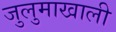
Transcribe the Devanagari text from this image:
जुलुमाखाली